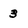
Character: 3